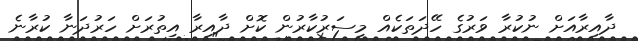
ދާއިރާއަށް ނުކުރާ ވަރުގެ ހޭދަތަކެއް މިސަރުކާރުން ކޮށް ދާއިރާ އިތުރަށް ހަރުދަނާ ކުރާނެ